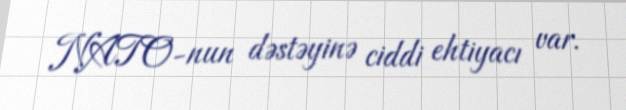
NATO-nun dəstəyinə ciddi ehtiyacı var.